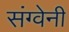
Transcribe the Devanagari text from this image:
संग्वेनी